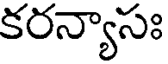
కరన్యాసః